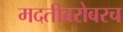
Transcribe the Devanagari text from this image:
मदतीबरोबरच